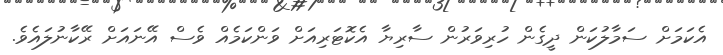
އެކަމަށް ސަމާލުކަން ދީގެން ހުރިވަރުން ސާރިޔާ އެކޮޓަރިއަށް ވަންކަމެއް ވެސް އޭނައަށް ރޭކާނުލައެވެ.